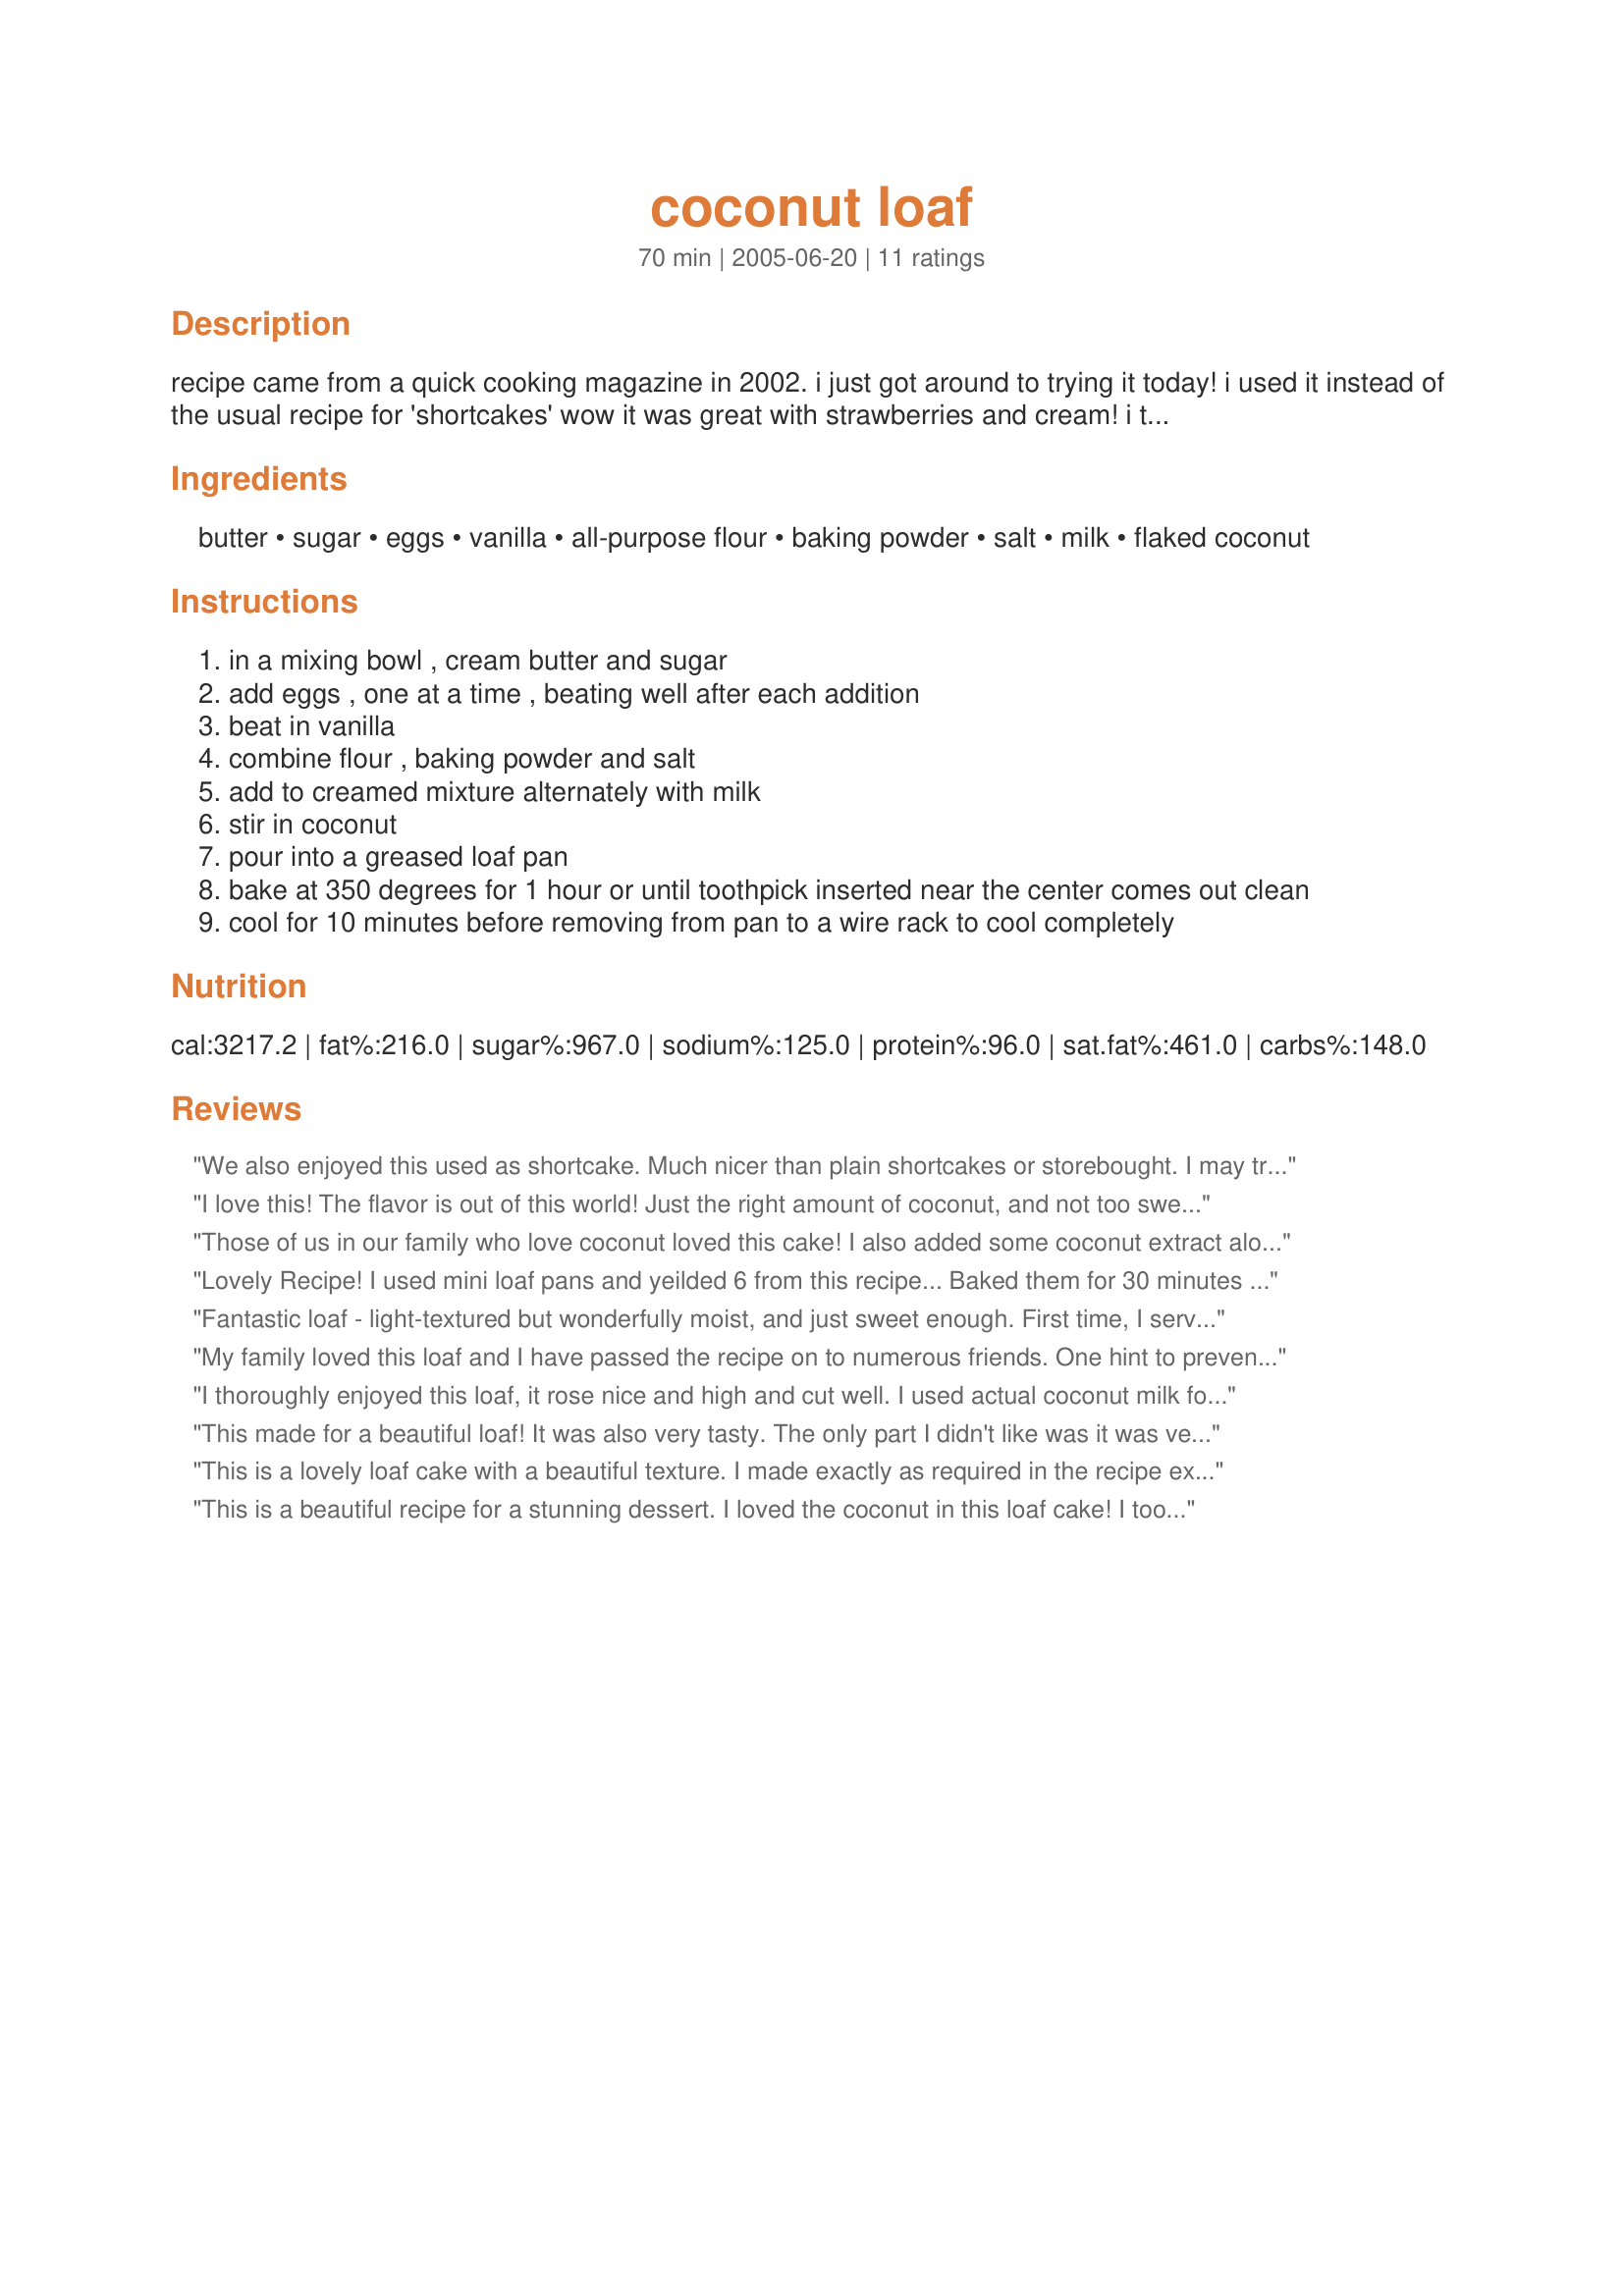
coconut loaf
Preparation time: 70 minutes

recipe came from a quick cooking magazine in 2002. i just got around to trying it today!
i used it instead of the usual recipe for 'shortcakes' wow it was great with strawberries and cream! i think next time instead of the milk, i might try pineapple juice.

Ingredients:
butter, sugar, eggs, vanilla, all-purpose flour, baking powder, salt, milk, flaked coconut

Steps:
in a mixing bowl , cream butter and sugar
add eggs , one at a time , beating well after each addition
beat in vanilla
combine flour , baking powder and salt
add to creamed mixture alternately with milk
stir in coconut
pour into a greased loaf pan
bake at 350 degrees for 1 hour or until toothpick inserted near the center comes out clean
cool for 10 minutes before removing from pan to a wire rack to cool completely

Reviews:
We also enjoyed this used as shortcake. Much nicer than plain shortcakes or storebought. I may try coconut extract next time vs the vanilla for an even more intense coconut flavor. Thanks for sharing this recipe :)

Nick's Mom
I love this! The flavor is out of this world! Just the right amount of coconut, and not too sweet. Unfortunately, my loaf stuck to the bottom of the pan when I tried to remove it so it wasn't very pretty and rather crumbly. But it is very delicious. I'll definitely be making this again!
Those of us in our family who love coconut loved this cake! I also added some coconut extract along with the vanilla, (about 1/2 and 1/2.) This cake had a wonderful "toasty" coconut taste, and we'll enjoy it in the morning with coffee, as well. YUM! Thanks!
Lovely Recipe! I used mini loaf pans and yeilded 6 from this recipe... Baked them for 30 minutes and they turned out perfectly! Thanks so much for this delicious recipe!
Additional details:
I froze some of these (wrapped in plastic wrap and then in foil)... the came out just as nice as they did when originally baked!
Fantastic loaf - light-textured but wonderfully moist, and just sweet enough. First time, I served it fresh and hot with vanilla icecream and strawberries. Second time, I threw white chocolate chips into the batter and WOW that tasted good.
My family loved this loaf and I have passed the recipe on to numerous friends. One hint to prevent loaf sticking to the pan is to line it with parchment paper.
I thoroughly enjoyed this loaf, it rose nice and high and cut well. I used actual coconut milk for the liquid, and spelt flour instead of ap flour. I made no other substituions. Very very nice!
This made for a beautiful loaf! It was also very tasty. The only part I didn't like was it was very flaky and crumbly. But it was still delicious and that was what counts.
This is a lovely loaf cake with a beautiful texture. I made exactly as required in the recipe except that I added some coconut extract along with the vanilla for an extra coconut flavour. I baked it in my kugel pan and it took aproximately 45 minutes. We had it sliced with strawberry perserves and enjoyed every delicious mouthful! Thanks!
This is a beautiful recipe for a stunning dessert. I loved the coconut in this loaf cake! I took your advice in the intro and used it to serve with fresh strawberries and whipped cream. It was a star at the family dinner!! I made sure to spray my glass loaf pan well and for the last 15 minutes I turned the oven down to 325 to help with the browning as the loaf center continued to bake (I do this with a lot of quick breads). Perfectly moist and so delicious. I'd like to try it with your hint of pineapple juice and also serve with fresh pineapple on the side. Made for Zaar Chef Alphabet Soup tag game!
I love coconut loaf and this one is so yummy. I used margarine. I used only 1/2 cup of sugar and it was great. I used unsweetened coconut. Thanks Katie :) Made for I recommend tag game
